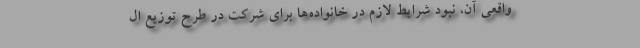
واقعی آن، نبود شرایط لازم در خانواده‌ها برای شرکت در طرح توزیع ال